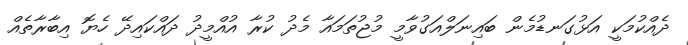
ދެއްކުމަކީ އަޅުގަނޑުމެން ބައިނަލްއަގުވާމީ މުޖުތަމައާ މެދު ކުރާ އުއްމީދު ދައްކައިދޭ ހެޔޮ އިބާރާތެއް